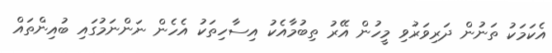
އެކަމަކު ތަނުން ދަރިވަރުވި މީހުން އޭރު ތިބުމާއެކު އިސާހިތަކު އެހެން ނަންނަމުގައި ބުއިންތައް